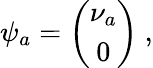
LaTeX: \psi_{a}=\left(\begin{array}{c}{{\nu_{a}}}\\ {{0}}\end{array}\right)\ ,